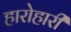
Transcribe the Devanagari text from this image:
हारोहारी